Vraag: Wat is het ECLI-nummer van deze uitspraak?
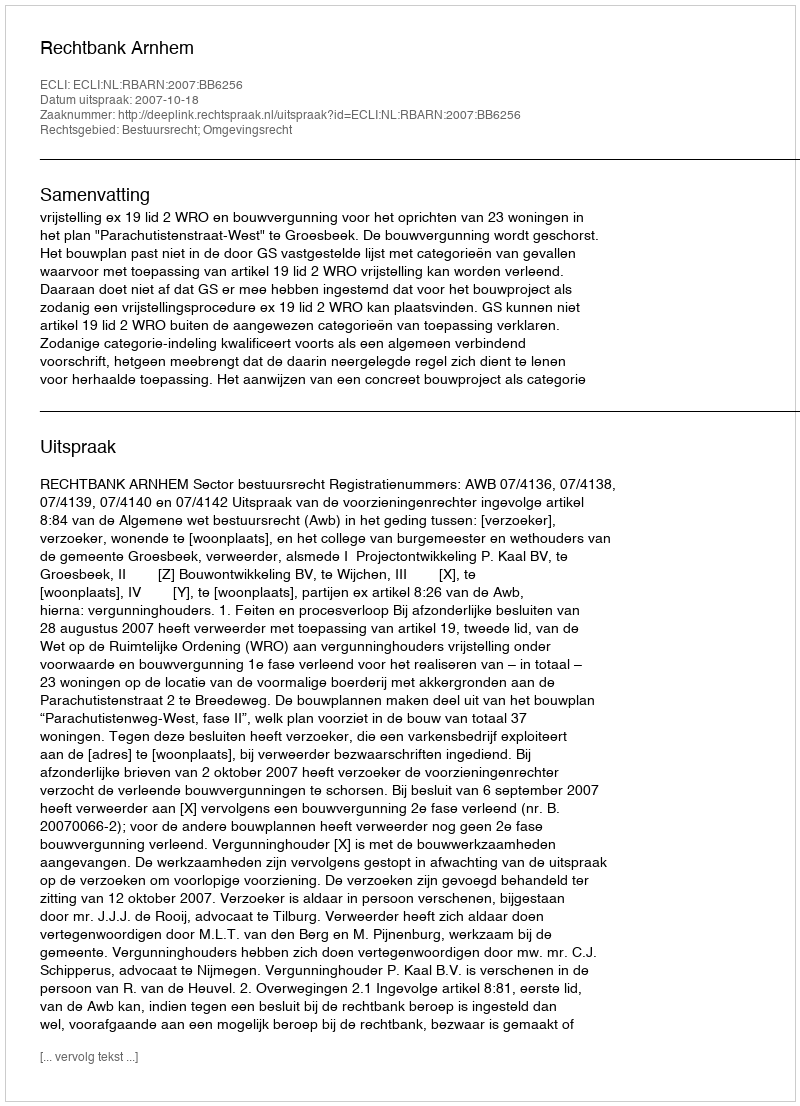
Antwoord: ECLI:NL:RBARN:2007:BB6256